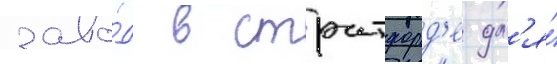
заво́д в стратфорд'е дл'я́